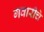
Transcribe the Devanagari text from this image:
गवारीचे